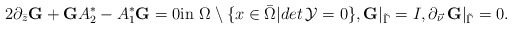
\begin{align*}2\partial_{\bar z}\mbox{\bf G}+\mbox{\bf G}A_2^*-A_1^*\mbox{\bf G}=0\mbox{in}\,\,\Omega\setminus \{x\in \bar\Omega\vert det\, \mathcal Y=0\},\mbox{\bf G}\vert_{\tilde \Gamma}=I, \partial_{\vec \nu}\,\mbox{\bf G}\vert_{\tilde \Gamma}=0.\end{align*}